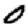
Digit: 0